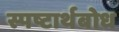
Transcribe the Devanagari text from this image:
स्पष्टार्थबोध